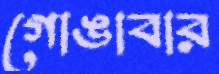
গোঙাবার